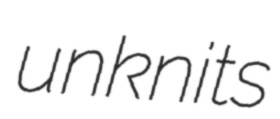
unknits